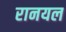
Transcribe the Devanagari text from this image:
रानयल